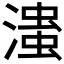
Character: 𰝆